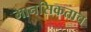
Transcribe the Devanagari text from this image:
मानसिकताच